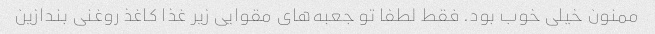
ممنون خیلی خوب بود. فقط لطفا تو جعبه‌های مقوایی زیر غذا کاغذ روغنی بندازین